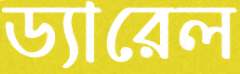
ড্যারেল